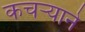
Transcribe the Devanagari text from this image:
कचऱ्याने